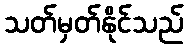
သတ်မှတ်နိုင်သည်